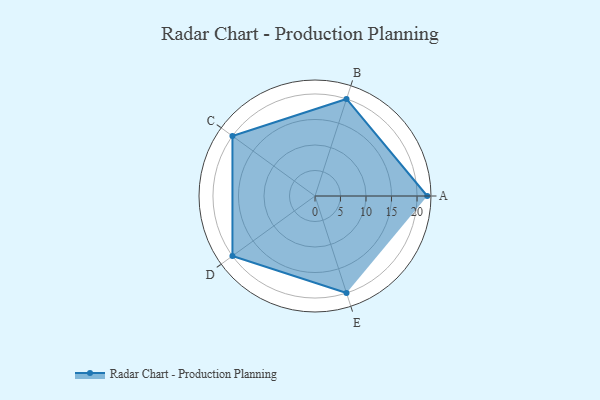
{"axis": {"x": "Skill", "y": "Score"}, "legend": ["Profile"], "data": [{"x": "A", "y": 22.0, "type": "Profile"}, {"x": "B", "y": 20.0, "type": "Profile"}, {"x": "C", "y": 20, "type": "Profile"}, {"x": "D", "y": 20, "type": "Profile"}, {"x": "E", "y": 20, "type": "Profile"}]}